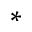
*